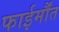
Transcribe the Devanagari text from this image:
फाईर्मौंत